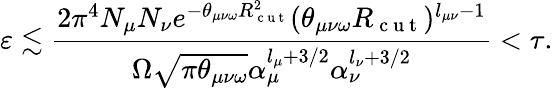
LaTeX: \varepsilon\lesssim\frac{2\pi^{4}N_{\mu}N_{\nu}e^{-\theta_{\mu\nu\omega}R_{\mathrm{~c~u~t~}}^{2}}(\theta_{\mu\nu\omega}R_{\mathrm{~c~u~t~}})^{l_{\mu\nu}-1}}{\Omega\sqrt{\pi\theta_{\mu\nu\omega}}\alpha_{\mu}^{l_{\mu}+3/2}\alpha_{\nu}^{l_{\nu}+3/2}}<\tau.